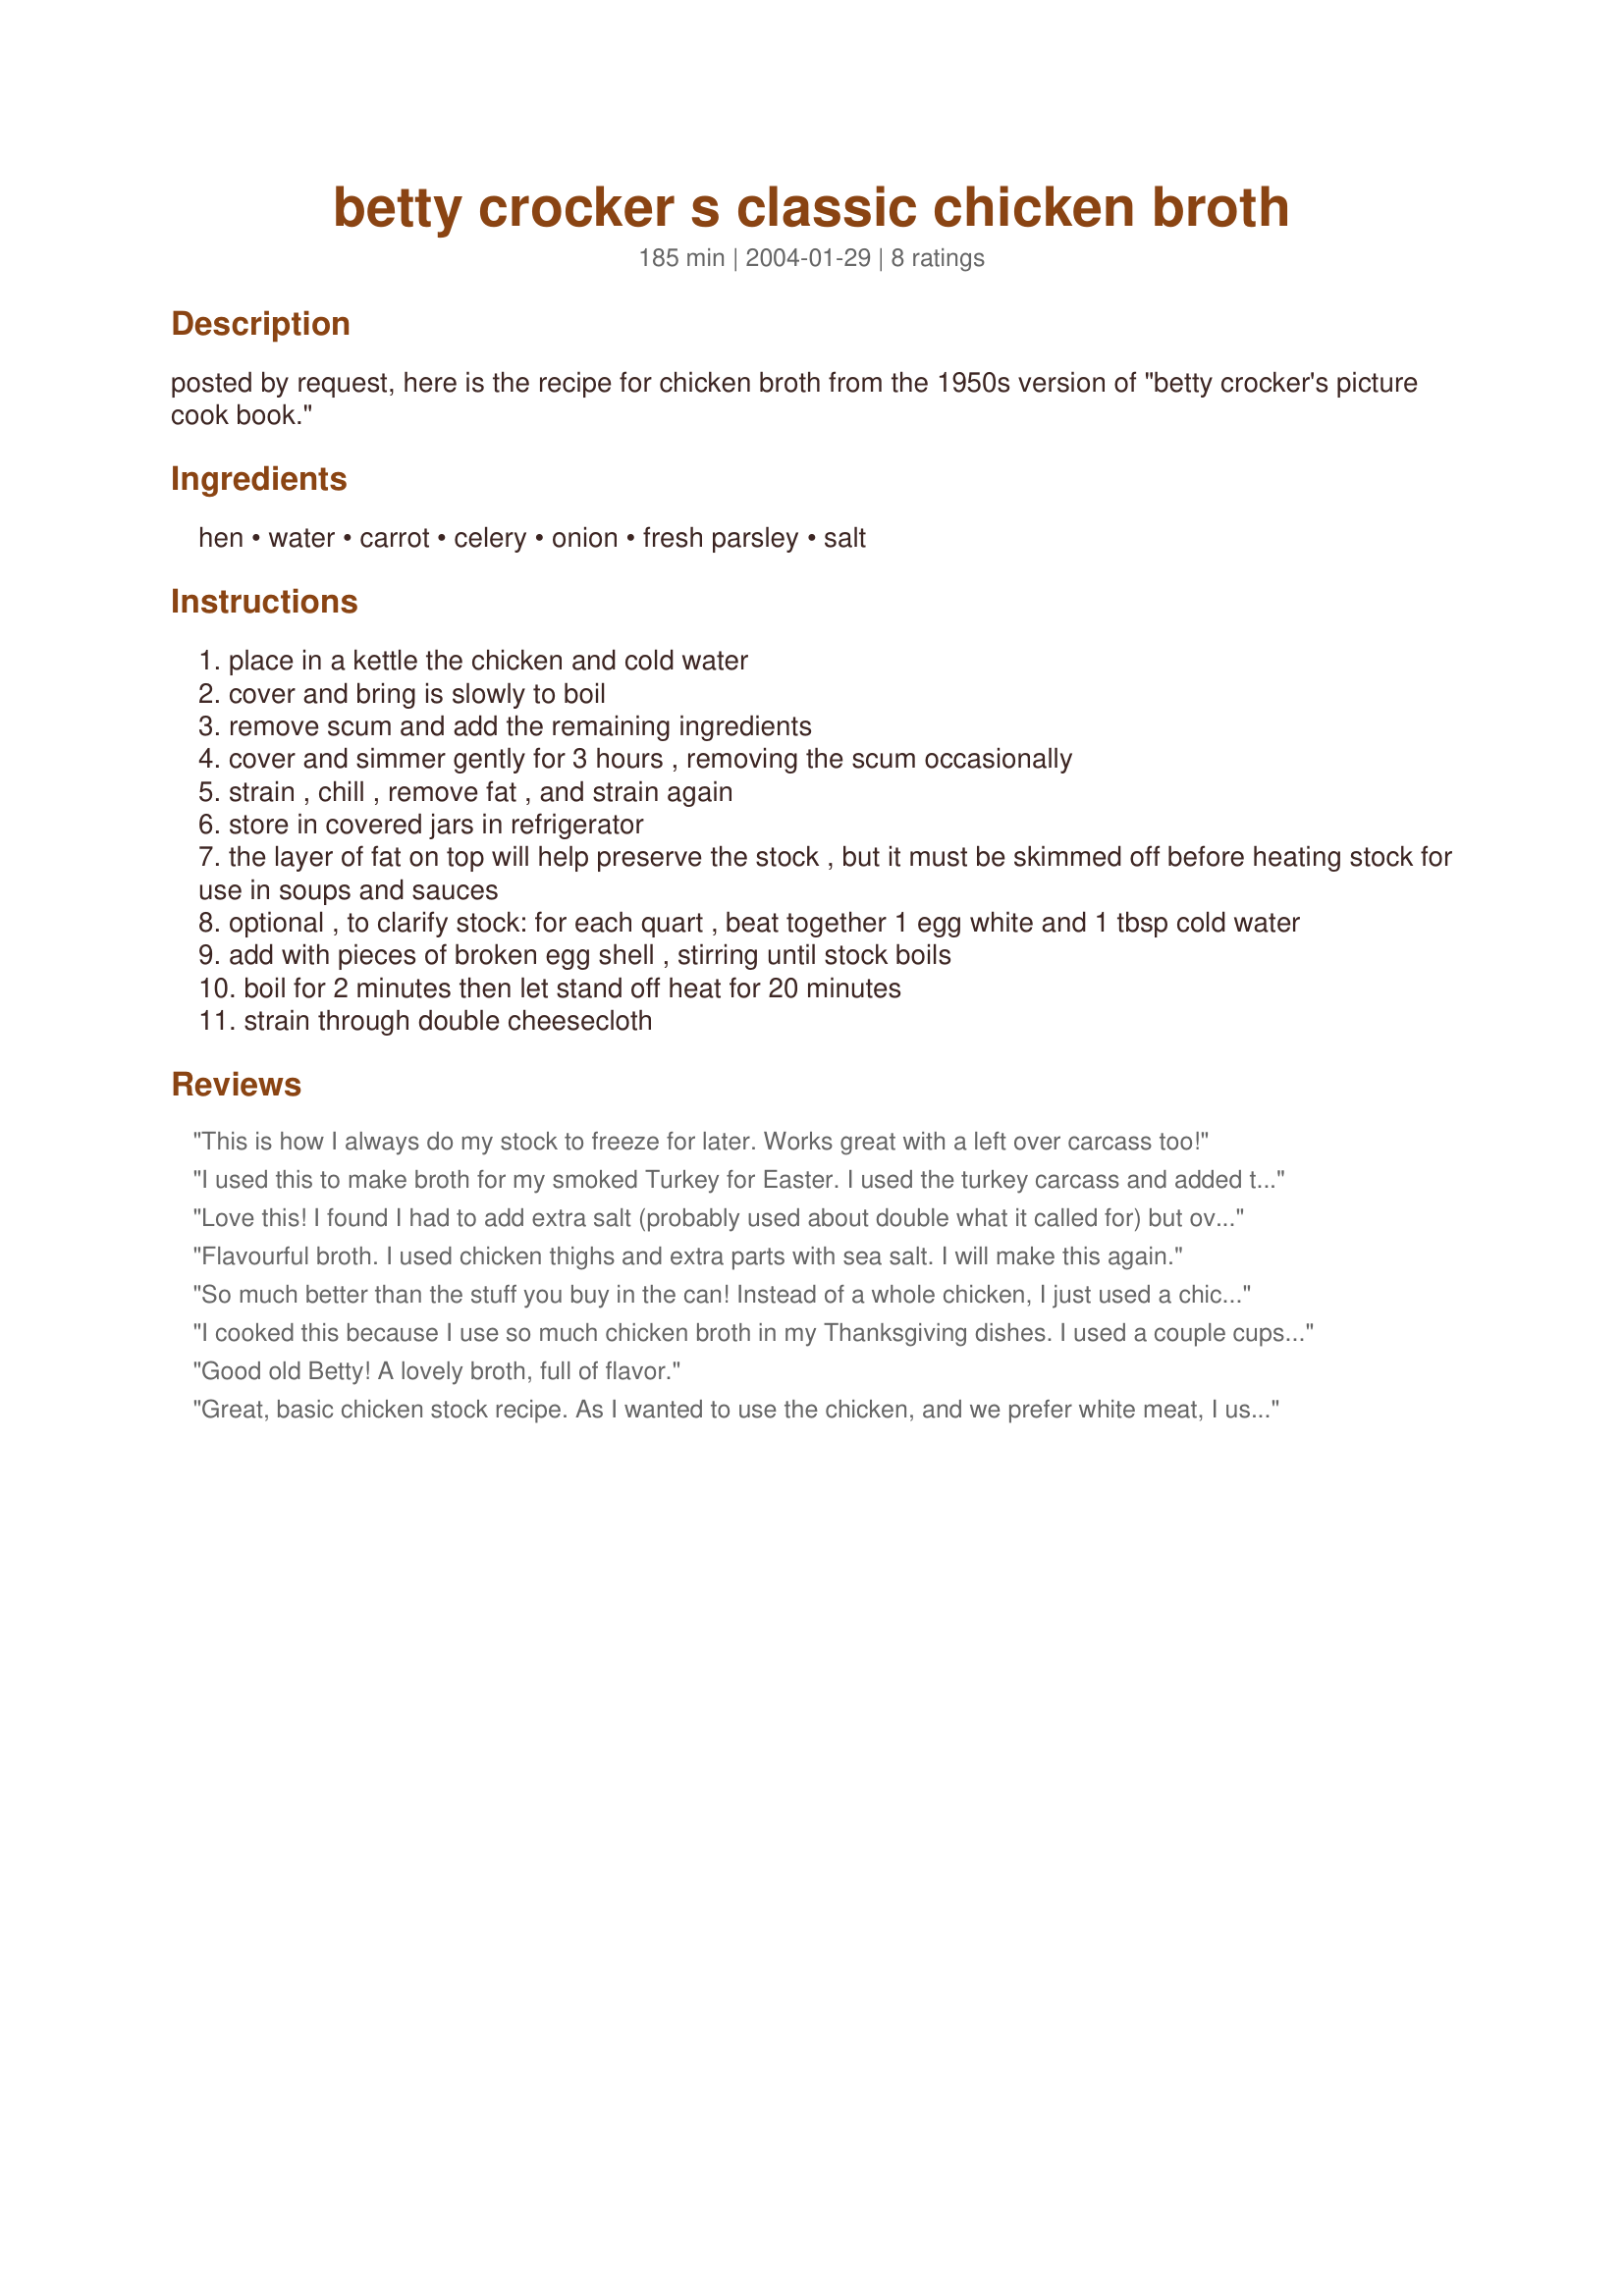
betty crocker s classic chicken broth
Preparation time: 185 minutes

posted by request, here is the recipe for chicken broth from the 1950s version of "betty crocker's picture cook book."

Ingredients:
hen, water, carrot, celery, onion, fresh parsley, salt

Steps:
place in a kettle the chicken and cold water
cover and bring is slowly to boil
remove scum and add the remaining ingredients
cover and simmer gently for 3 hours , removing the scum occasionally
strain , chill , remove fat , and strain again
store in covered jars in refrigerator
the layer of fat on top will help preserve the stock , but it must be skimmed off before heating stock for use in soups and sauces
optional , to clarify stock: for each quart , beat together 1 egg white and 1 tbsp cold water
add with pieces of broken egg shell , stirring until stock boils
boil for 2 minutes then let stand off heat for 20 minutes
strain through double cheesecloth

Reviews:
This is how I always do my stock to freeze for later. Works great with a left over carcass too!
I used this to make broth for my smoked Turkey for Easter. I used the turkey carcass and added the other ingredients along with a bit of dried chicken base for extra flavor. Worked great - just what I was looking for!
Love this! I found I had to add extra salt (probably used about double what it called for) but overall, great flavor! Freezes brilliantly, also.
Flavourful broth. I used chicken thighs and extra parts with sea salt. I will make this again.
So much better than the stuff you buy in the can! Instead of a whole chicken, I just used a chicken carcass and it turned out great. I added a couple cloves of garlic, since we like garlic in most everything. I like that I can control the amount of salt in this, as well. Froze in 2 cups containers, and have been using for all recipes that call for chicken broth. Thank you for sharing this one. It's now a staple in my house.
I cooked this because I use so much chicken broth in my Thanksgiving dishes. I used a couple cups with some of the chicken meat to make chicken a star soup. The broth had a very good flavor. What I think I like the most about this recipe is I'm in control of the salt. I simply left off the salt. I see now this will be great in my chicken and dumplin's, and dressing! Another Keeper! Thanks for sharing!
Good old Betty! A lovely broth, full of flavor.
Great, basic chicken stock recipe. As I wanted to use the chicken, and we prefer white meat, I used ~1.5 lbs thighs and ~2.5 lbs breasts. Both were skin on/bone in. I boiled in the broth for a good 2.5-3 hours, and had surprisingly little fat and scum to skim.
